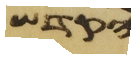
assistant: הקדש